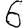
Digit: 6